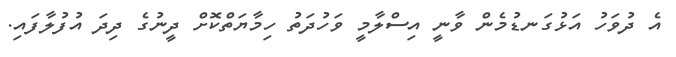
އެ ދުވަހު އަޅުގަނޑުމެން ވާނީ އިސްލާމީ ވަހުދަތު ހިމާޔަތްކޮށް ދީނުގެ ދިދަ އުފުލާފައި.